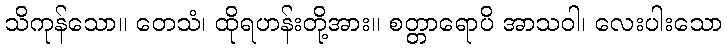
သိကုန်သော။ တေသံ၊ ထိုရဟန်းတို့အား။ စတ္တာရောပိ အာသဝါ၊ လေးပါးသော